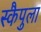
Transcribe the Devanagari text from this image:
स्कैपुला